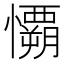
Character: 𰒟